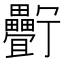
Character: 𤴉